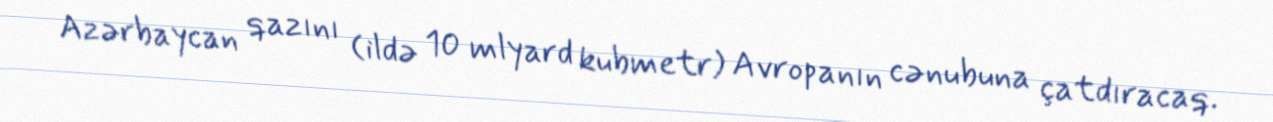
Azərbaycan qazını (ildə 10 mlyard kubmetr) Avropanın cənubuna çatdıracaq.